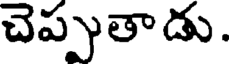
చెప్పుతాడు.